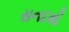
સનદથી